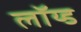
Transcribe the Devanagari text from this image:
लॉय्ड